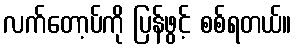
လက်တော့ပ်ကို ပြန်ဖွင့် စစ်ရတယ်။